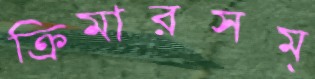
ক্রিমারসম্